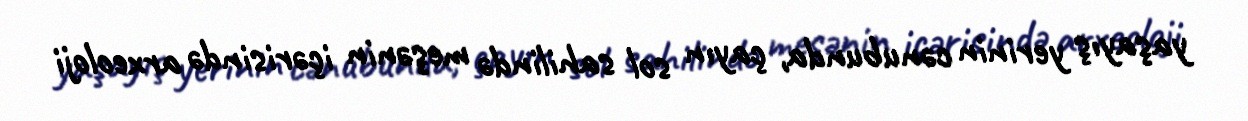
yaşayış yerinin cənubunda, çayın sol sahilində meşənin içərisində arxeoloji